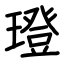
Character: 璒